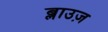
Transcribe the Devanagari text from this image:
ब्लाउज़